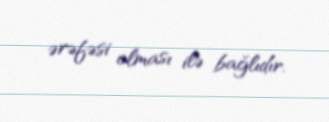
ərəfəsi olması ilə bağlıdır.